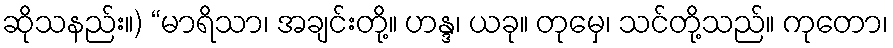
ဆိုသနည်း။) “မာရိသာ၊ အချင်းတို့။ ဟန္ဒ၊ ယခု။ တုမှေ၊ သင်တို့သည်။ ကုတော၊